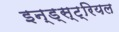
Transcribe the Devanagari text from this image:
इन्ड्स्ट्रियल